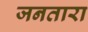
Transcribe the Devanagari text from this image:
जनतारा